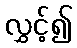
လွှင့်၍